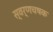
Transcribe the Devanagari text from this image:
स्वर्णचषक